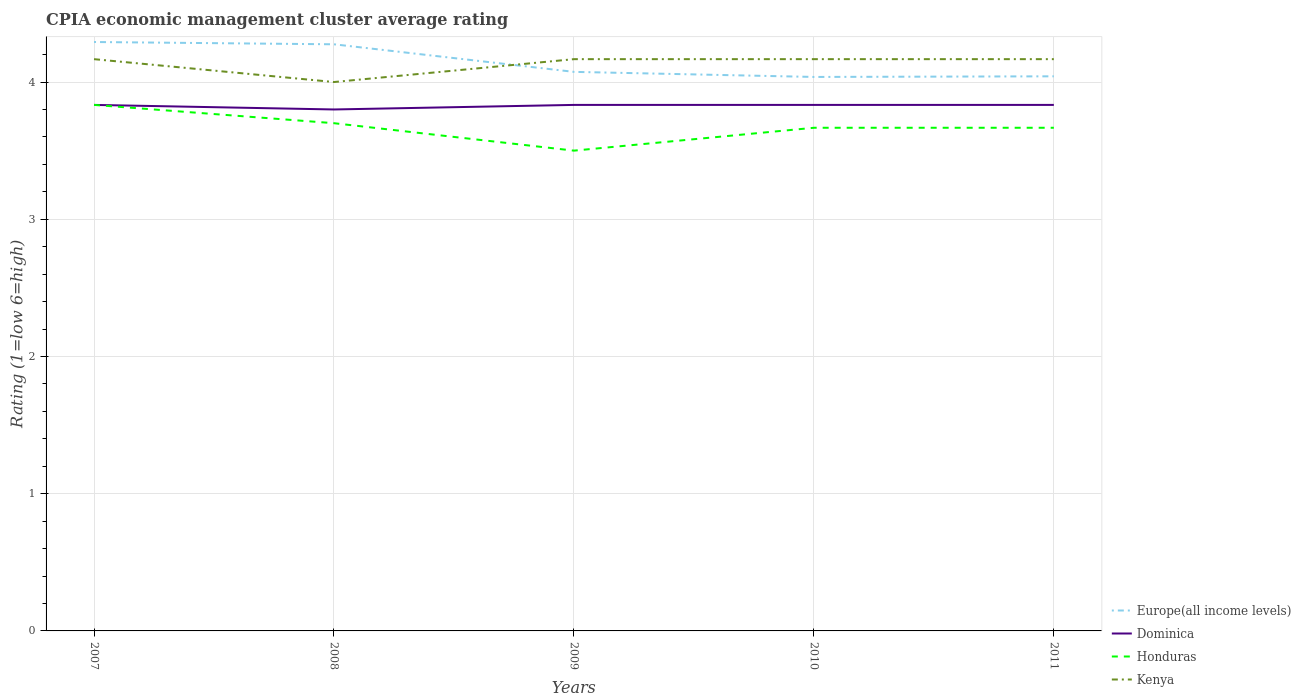
| Years | Europe(all income levels) | Dominica | Honduras | Kenya |
 | --- | --- | --- | --- | --- |
 | 2007 | 4.29 | 3.83 | 3.83 | 4.17 |
 | 2008 | 4.28 | 3.8 | 3.7 | 4 |
 | 2009 | 4.07 | 3.83 | 3.5 | 4.17 |
 | 2010 | 4.04 | 3.83 | 3.67 | 4.17 |
 | 2011 | 4.04 | 3.83 | 3.67 | 4.17 |